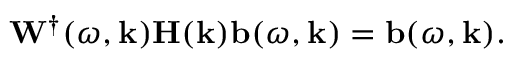
\mathbf { W } ^ { \dagger } ( \omega , \mathbf { k } ) \mathbf { H } ( \mathbf { k } ) \mathbf { b } ( \omega , \mathbf { k } ) = \mathbf { b } ( \omega , \mathbf { k } ) .